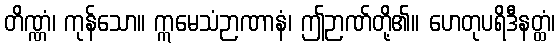
တိဏ္ဏံ၊ ကုန်သော။ ဣမေသံဉာဏာနံ၊ ဤဉာဏ်တို့၏။ ဟေတုပရိဒီနတ္ထံ၊